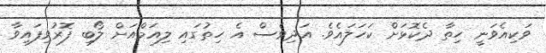
ވަކިއެވަނީ ހިތާ ދެކޮޅަށް ކަހަލައެވެ. އަދިވެސް އެ ހިތުގައި ލިއަމްއަށް ލޯބި ފޮރުވިފައިވާ